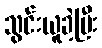
သွင်းယူခဲ့ပြီး